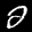
Label: 2